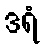
ဒရံ